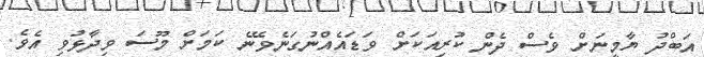
އަބްދު ޔާމީނަށް ވެސް ދެން ކުރިއަކަށް ވަޑައެއްނުގަނެވޭނެ ކަމަށް މޫސަ ވިދާޅުވި އެވެ.